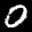
Label: 0